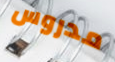
مدروس